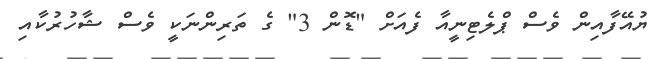
ޔުއޭފާއިން ވެސް ޕްލެޓިނީއާ ފެއަށް "ޑޮން 3" ގެ ތަރިންނަކީ ވެސް ޝާހުރުކާއި